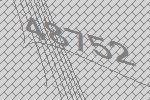
48752